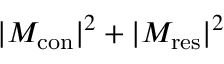
| M _ { \mathrm { { c o n } } } | ^ { 2 } + | M _ { \mathrm { { r e s } } } | ^ { 2 }